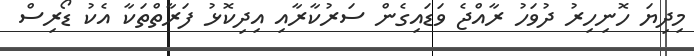
މިދިޔަ ހޮނިހިރު ދުވަހު ރާއްޖެ ވަޑައިގެން ސަރުކާރާއި އިދިކޮޅު ފަރާތްތަކާ އެކު ޑޯރިސް